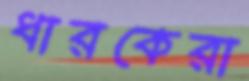
ধারকেরা